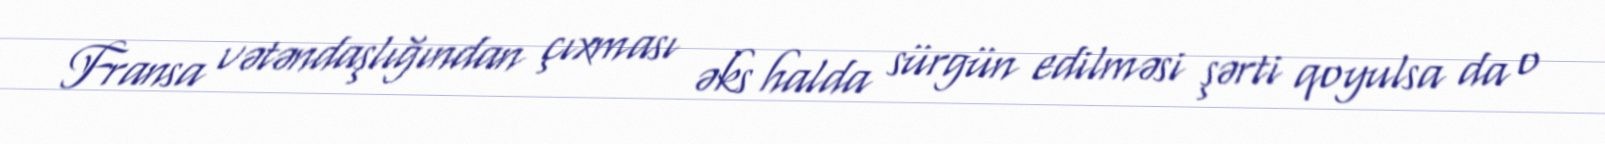
Fransa vətəndaşlığından çıxması əks halda sürgün edilməsi şərti qoyulsa da o